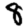
Digit: 8